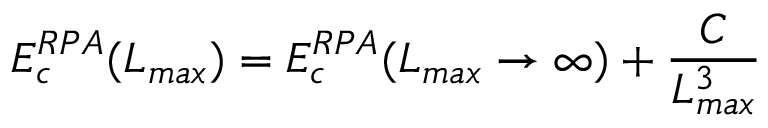
E _ { c } ^ { R P A } ( L _ { m a x } ) = E _ { c } ^ { R P A } ( L _ { m a x } \rightarrow { \infty } ) + \frac { C } { L _ { m a x } ^ { 3 } }